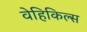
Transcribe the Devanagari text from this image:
वेहिकिल्स